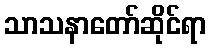
သာသနာတော်ဆိုင်ရာ